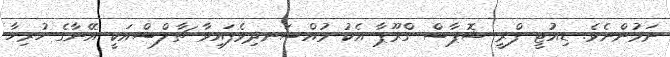
ނަމުންނެވެ. ޑިއުޓީ ފްރީ ޝޮޕާސް ގްރޫޕާ އެކު މުއްސަނދިވެފައިވާ ޗާލްސްއަކީ އޭނާގެ ހުރިހާ